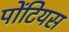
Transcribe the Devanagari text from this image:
पोंटियस